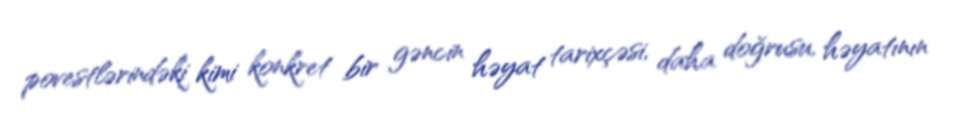
povestlərindəki kimi konkret bir gəncin həyat tarixçəsi, daha doğrusu, həyatının